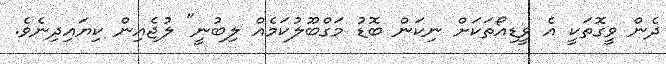
ދެން ވީގޮތަކީ އެ ވީޑިއޯތަކަށް ނިކަން ބޮޑު މަގްބޫލުކަމެއް ލިބުނީ" ލުޖެއިން ކިޔައިދިނެވެ.